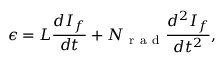
\epsilon = L \frac { d I _ { f } } { d t } + N _ { \mathrm { ~ r ~ a ~ d ~ } } \frac { d ^ { 2 } I _ { f } } { d t ^ { 2 } } ,